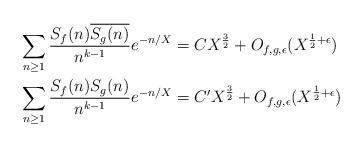
LaTeX: \begin{align*} \sum_{n \geq 1} \frac{S_f(n) \overline{S_g(n)}}{n^{k-1}} e^{-n/X} &= C X^{\frac{3}{2}} + O_{f,g,\epsilon} (X^{\frac{1}{2} + \epsilon}) \\ \sum_{n \geq 1} \frac{S_f(n) S_g(n)}{n^{k-1}} e^{-n/X} &= C' X^{\frac{3}{2}} + O_{f,g,\epsilon} (X^{\frac{1}{2} + \epsilon}) \end{align*}